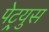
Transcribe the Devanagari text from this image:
पेट्र्युस